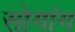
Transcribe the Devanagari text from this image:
सोगांग